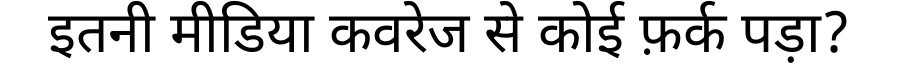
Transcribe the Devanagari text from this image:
इतनी मीडिया कवरेज से कोई फ़र्क पड़ा?